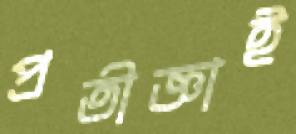
প্রতীজ্ঞাই